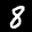
Label: 8